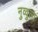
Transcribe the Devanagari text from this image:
नुव्वुला